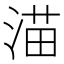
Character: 渵